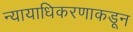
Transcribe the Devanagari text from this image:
न्यायाधिकरणाकडून